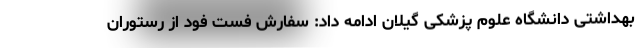
بهداشتی دانشگاه علوم پزشکی گیلان ادامه داد: سفارش فست فود از رستوران